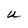
Character: U